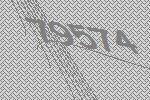
79574